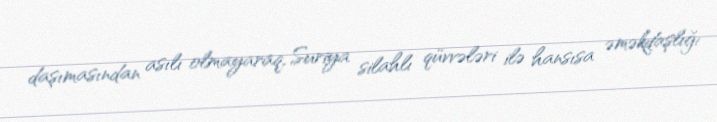
daşımasından asılı olmayaraq, Suriya silahlı qüvvələri ilə hansısa əməkdaşlığı